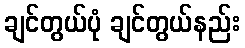
ချင်တွယ်ပုံ ချင်တွယ်နည်း